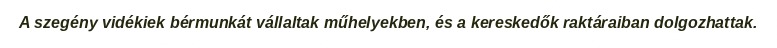
A szegény vidékiek bérmunkát vállaltak műhelyekben, és a kereskedők raktáraiban dolgozhattak.